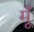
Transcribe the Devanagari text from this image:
मूँ